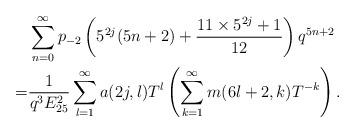
LaTeX: \begin{align*} &\sum_{n=0}^{\infty}p_{-2}\left(5^{2j}(5n+2)+\dfrac{11\times5^{2j}+1}{12}\right)q^{5n+2}\\ =&\dfrac{1}{q^{3}E_{25}^{2}}\sum_{l=1}^{\infty}a(2j,l)T^{l}\left(\sum_{k=1}^{\infty}m(6l+2,k)T^{-k}\right).\end{align*}